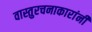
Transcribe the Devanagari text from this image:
वास्तुरचनाकारांनी